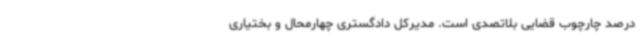
درصد چارچوب قضایی بلاتصدی است. مدیرکل دادگستری چهارمحال و بختیاری